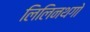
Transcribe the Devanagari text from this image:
लिलिनथगो